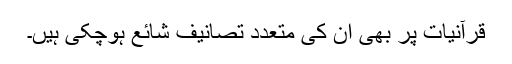
قرآنیات پر بھی ان کی متعدد تصانیف شائع ہوچکی ہیں۔